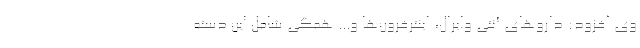
وی افزود: داروهای آنتی وایرال، اینترفرون‌ها و... همگی شامل این دسته